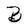
Character: B